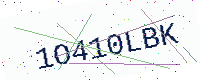
Text: 1O410LBK